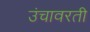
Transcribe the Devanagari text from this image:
उंचावरती